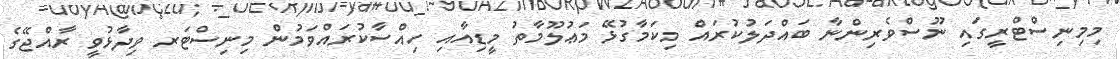
މިމިނިސްޓްރީގައި ނޫސްވެރިންނާ ބައްދަލުކުރައް މިކަމާގުޅޭ މަޢުލޫމާތު މީޑިއާއި ހިއްސާކުރައްވަމުން މިނިސްޓަރ ވިދާޅުވީ ރާއްޖޭގެ